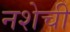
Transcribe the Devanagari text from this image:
नशेची